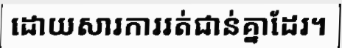
ដោយសារការរត់ជាន់គ្នាដែរ។